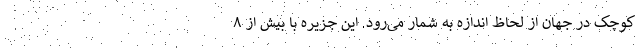
کوچک در جهان از لحاظ اندازه به شمار می‌رود. این جزیره با بیش از ۸